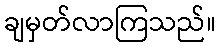
ချမှတ်လာကြသည်။